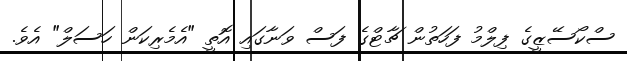
ސްކޯސޭޒީގެ ފިލްމު ފަހަތުން ޗާޓްގެ ފަސް ވަނާގައި އޮތީ "އެމެރިކަން ހަސަލް" އެވެ.